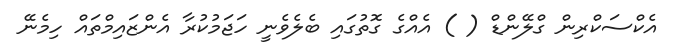
އެކްސަކްރިން ގްލޭންޑް ( ) އެއްގެ ގޮތުގައި ބެލެވެނީ ހަޖަމުކުރާ އެންޒައިމްތައް ހިމެނޭ